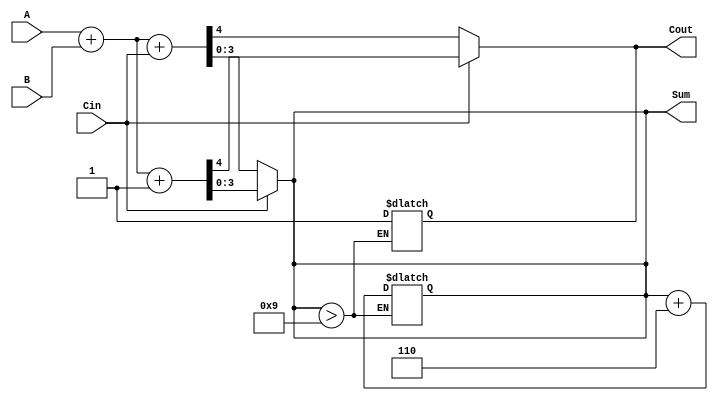
module BCD_MCSA (
    input [3:0] A,      // First BCD input
    input [3:0] B,      // Second BCD input
    input Cin,          // Carry-in
    output reg [3:0] Sum, // BCD sum output
    output reg Cout      // Carry-out
);

    wire [4:0] sum0, sum1; // Intermediate sums for carry-in 0 and 1
    wire C0, C1;           // Carry outputs for both cases

    // Initial binary addition for carry-in 0
    assign sum0 = A + B + Cin; // Sum with Cin = 0
    assign C0 = sum0[4];       // Carry out for sum0

    // Initial binary addition for carry-in 1
    assign sum1 = A + B + 1'b1; // Sum with Cin = 1
    assign C1 = sum1[4];        // Carry out for sum1

    // Select the appropriate sum based on the actual carry-in
    always @(*) begin
        if (Cin) begin
            Sum = sum1[3:0]; // Select sum with Cin = 1
            Cout = C1;       // Select carry out for sum with Cin = 1
        end else begin
            Sum = sum0[3:0]; // Select sum with Cin = 0
            Cout = C0;       // Select carry out for sum with Cin = 0
        end
    end

    // BCD Correction Logic
    always @(*) begin
        // Check if the sum exceeds BCD limit (greater than 9)
        if (Sum > 9) begin
            Sum = Sum + 6; // Add 6 to correct BCD
            Cout = 1;      // Set carry out if correction is applied
        end else begin
            Cout = Cout;   // Maintain carry out
        end
    end

endmodule